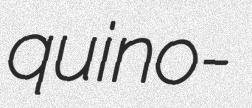
quino-